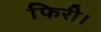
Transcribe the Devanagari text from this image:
फिरी।